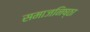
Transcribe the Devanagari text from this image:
समाजनिष्ठा